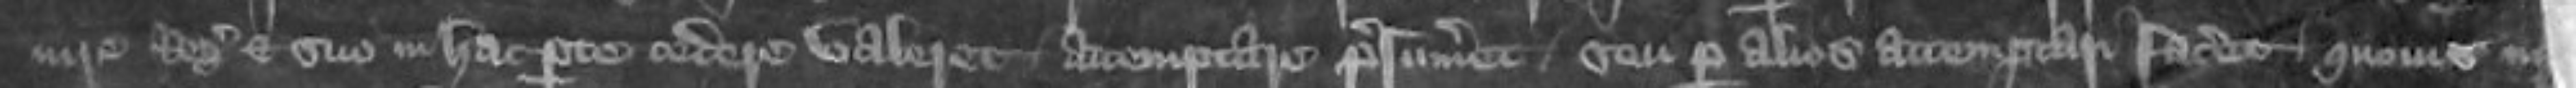
iure Regis et suo in hac parte cedere valeret attemptari presumeret seu per alios attemptari faceret quovismodo